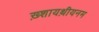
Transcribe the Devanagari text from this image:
ख़्शायथ़ीयनम